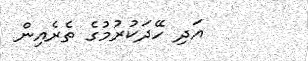
އަދި ހޭދަކުރުމުގެ ތެރެއިން